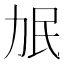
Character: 𰅌